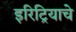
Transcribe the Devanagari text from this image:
इरिट्रियाचे